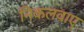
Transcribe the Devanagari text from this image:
निकलवाए